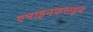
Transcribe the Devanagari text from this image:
एपाइनफराइन